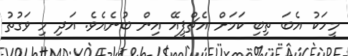
މީހަކު އެބަ ތިބި ކަމަށް އެޗްޕީއޭ އިން ބުނެއެވެ. އަދި މި ވަގުތު